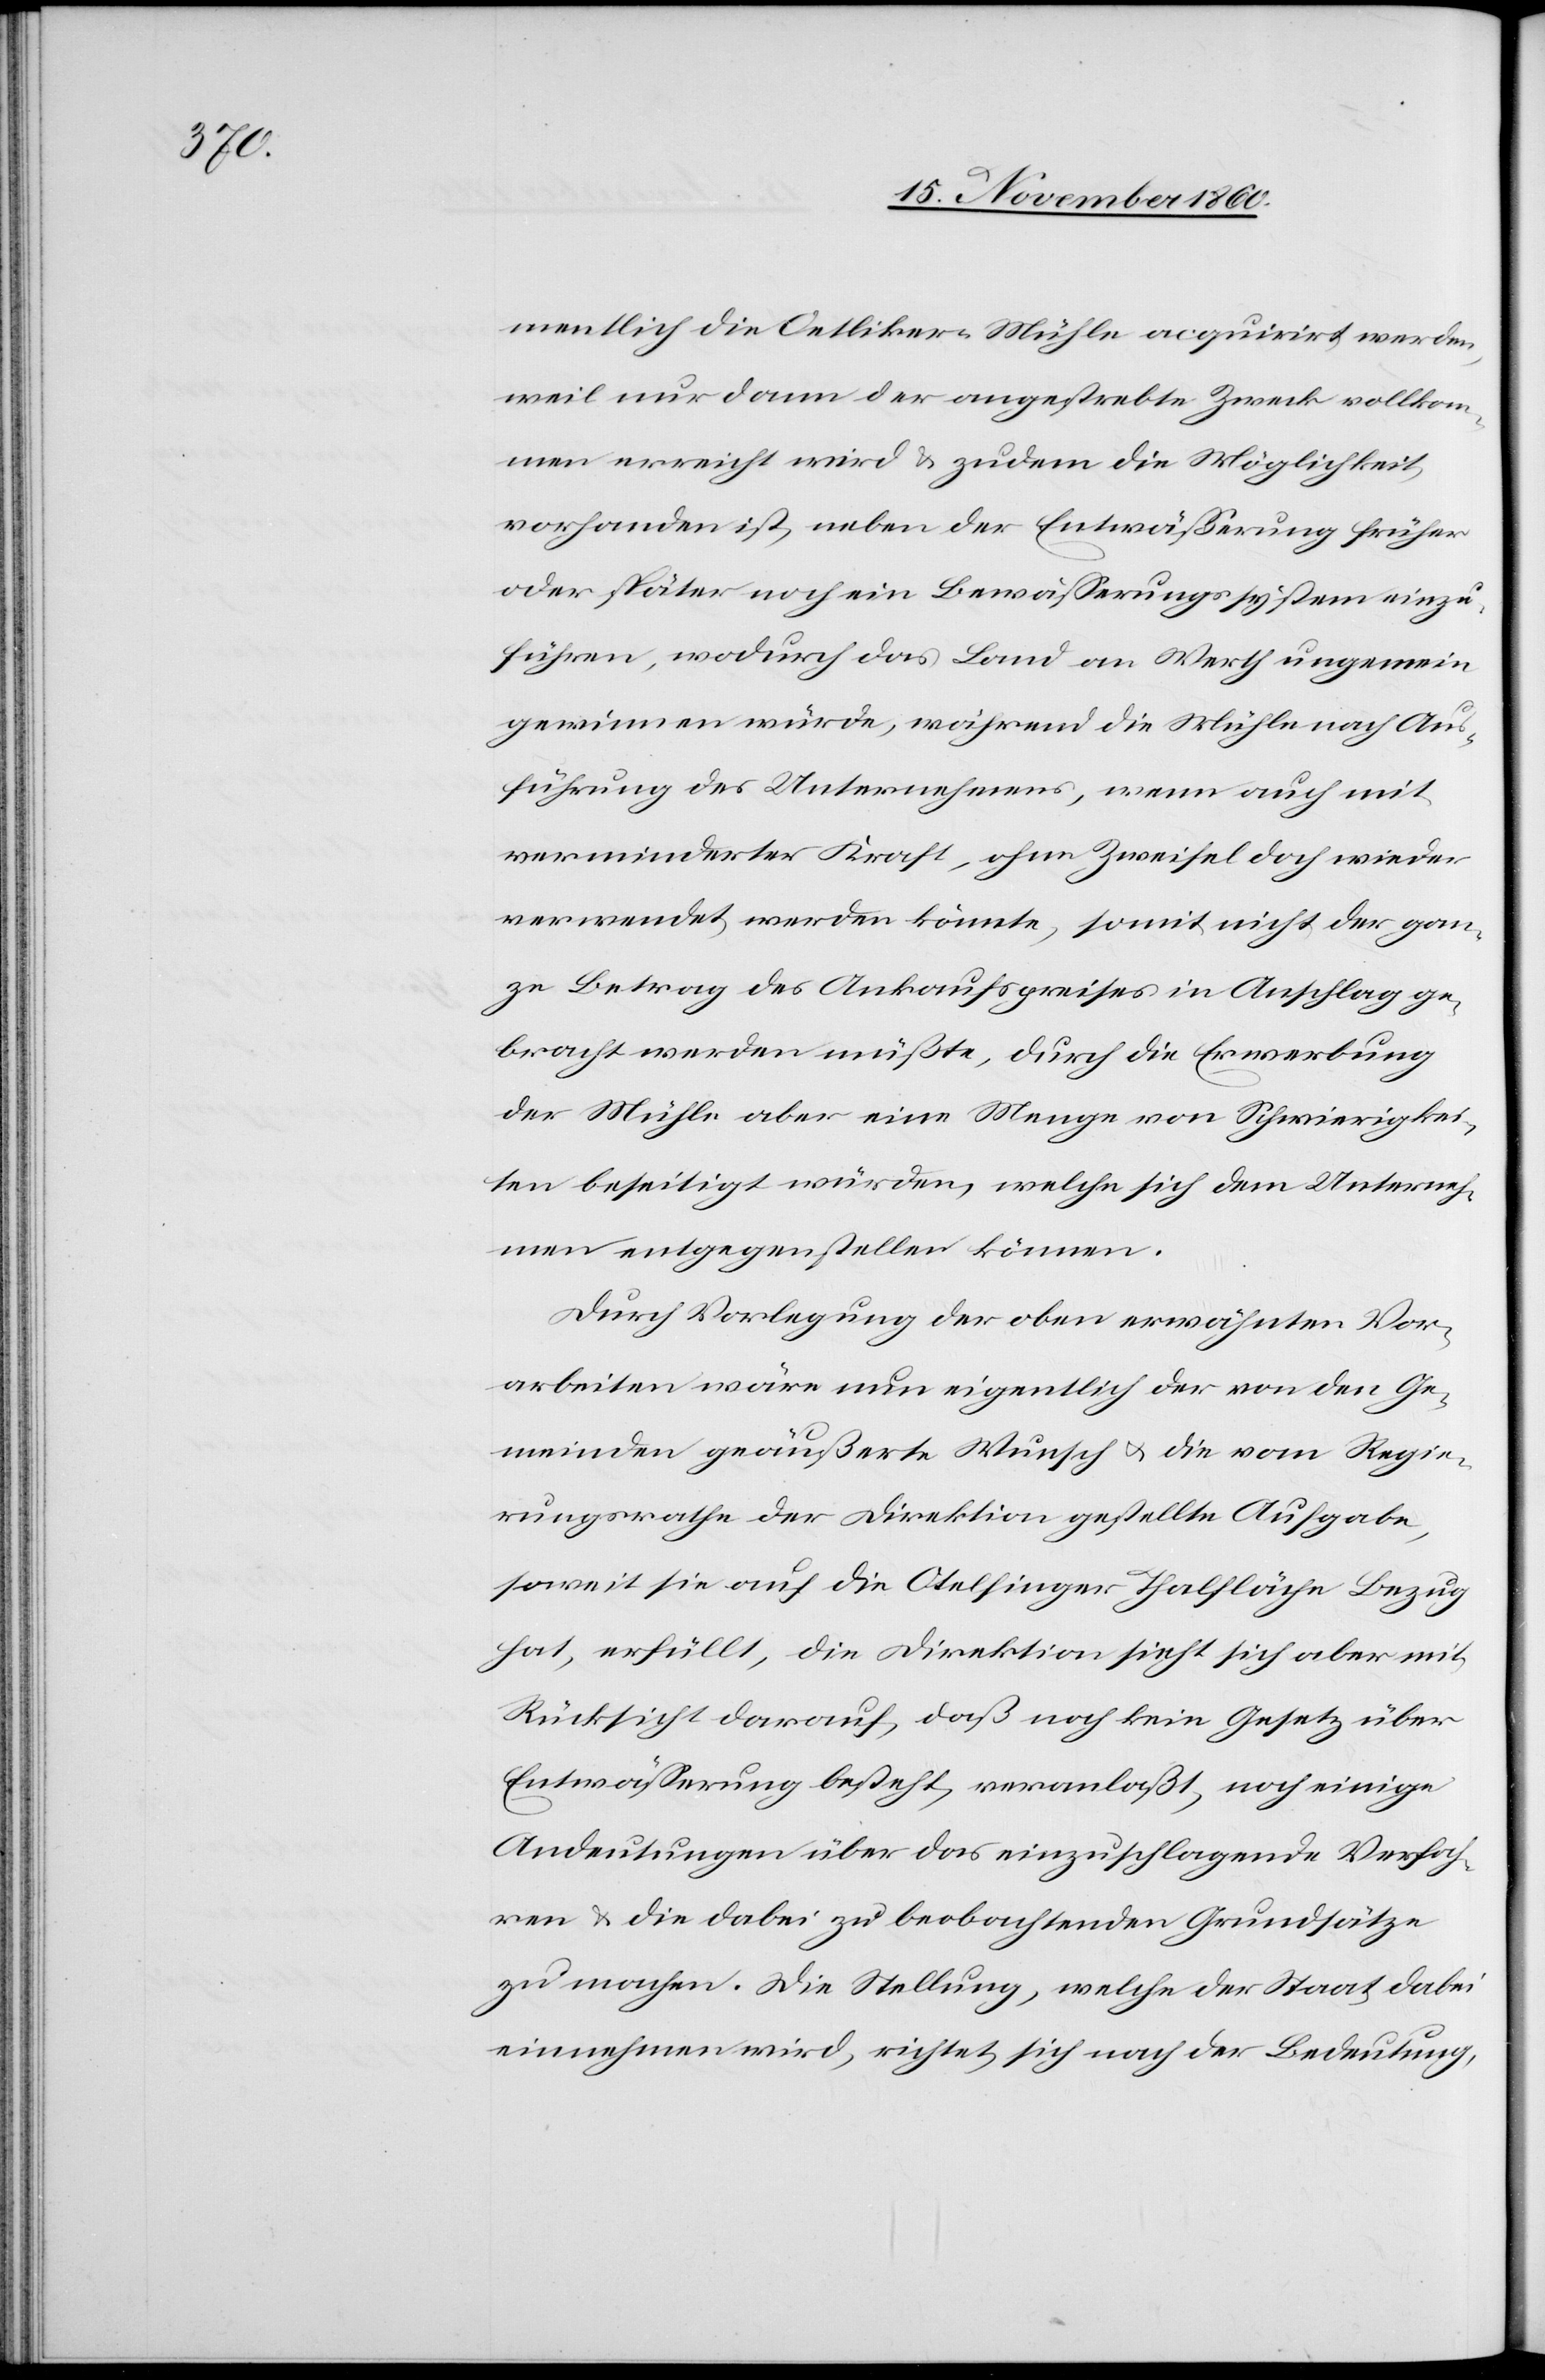
mentlich die Oetliker-Mühle acquirirt werden,
weil nur dann der angestrebte Zweck vollkom¬
men erreicht wird u. zudem die Möglichkeit
vorhanden ist, neben der Entwässerung früher
oder später noch ein Bewässerungssystem einzu¬
führen, wodurch das Land an Werth ungemein
gewinnen würde, während die Mühle nach Aus¬
führung des Unternehmens, wenn auch mit
verminderter Kraft, ohne Zweifel doch wieder
verwendet werden könnte, somit nicht der gan¬
ze Betrag des Ankaufspeises in Anschlag ge¬
bracht werden müßte, durch die Erwerbung
der Mühle aber eine Menge von Schwierigkei¬
ten beseitigt würden, welche sich dem Unterneh¬
men entgegenstellen können.
Durch Verlegung der oben erwähnten Vor¬
arbeiten wäre nun eigentlich der von den Ge¬
meinden geäußerte Wunsch u. die vom Regie¬
rungsrathe der Direktion gestellte Aufgabe,
soweit sie auf die Otelfinger Thalfläche Bezug
hat, erfüllt, die Direktion sieht sich aber mit
Rücksicht darauf, daß noch kein Gesetz über
Entwässerung besteht, veranlaßt, noch einige
Andeutungen über das einzuschlagende Verfah¬
ren u. die dabei zu beobachtenden Grundsätze
zu machen. Die Stellung, welche der Staat dabei
einnehmen wird, richtet sich nach der Bedeutung